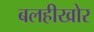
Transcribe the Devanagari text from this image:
बलहीखोर